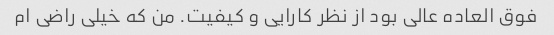
فوق العاده عالی بود از نظر کارایی و کیفیت. من که خیلی راضی ام